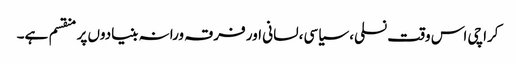
کراچی اس وقت نسلی، سیاسی، لسانی اور فرقہ ورانہ بنیادوں پر منقسم ہے۔